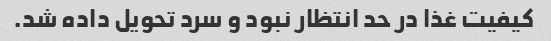
کیفیت غذا در حد انتظار نبود و سرد تحویل داده شد.